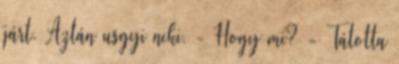
járt. Aztán usgyi neki. - Hogy mi? - Tátotta